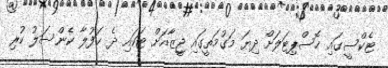
ޓެކްސީގައި ހޮސްޕިޓަލަށް ދިޔަ މަގުމަތީގައި ޖީޒާއަށް ޓަކައި ދެ ޙަފުލާ ކެންސަލު ކުރި